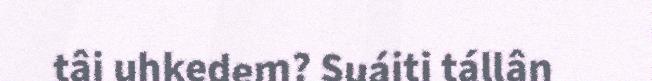
tâi uhkedem? Suáiti tállân